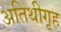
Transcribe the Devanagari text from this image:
अतिथीगृह